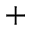
+